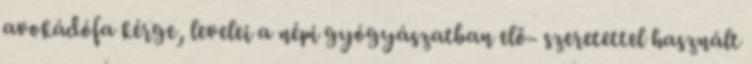
avokádófa kérge, levelei a népi gyógyászatban elő- szeretettel használt